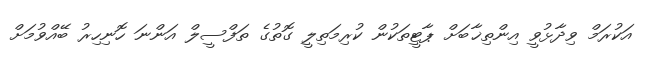
އަކުރަމް ވިދާޅުވީ އިންތިޚާބަށް ޕާޓީތަކުން ކުރިމަތިލީ ގޮތުގެ ތަފްސީލް އަންނަ ހޮނިހިރު ބޭއްވުމަށް